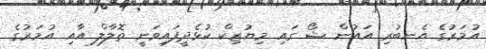
އުމަރުގެ އެނބުރި އައުން ޝޯ ގައި މިޔުޒިކް ކުޅެދީފައިވަނީ ތޮލާލް އާއި އުމަރުގެ